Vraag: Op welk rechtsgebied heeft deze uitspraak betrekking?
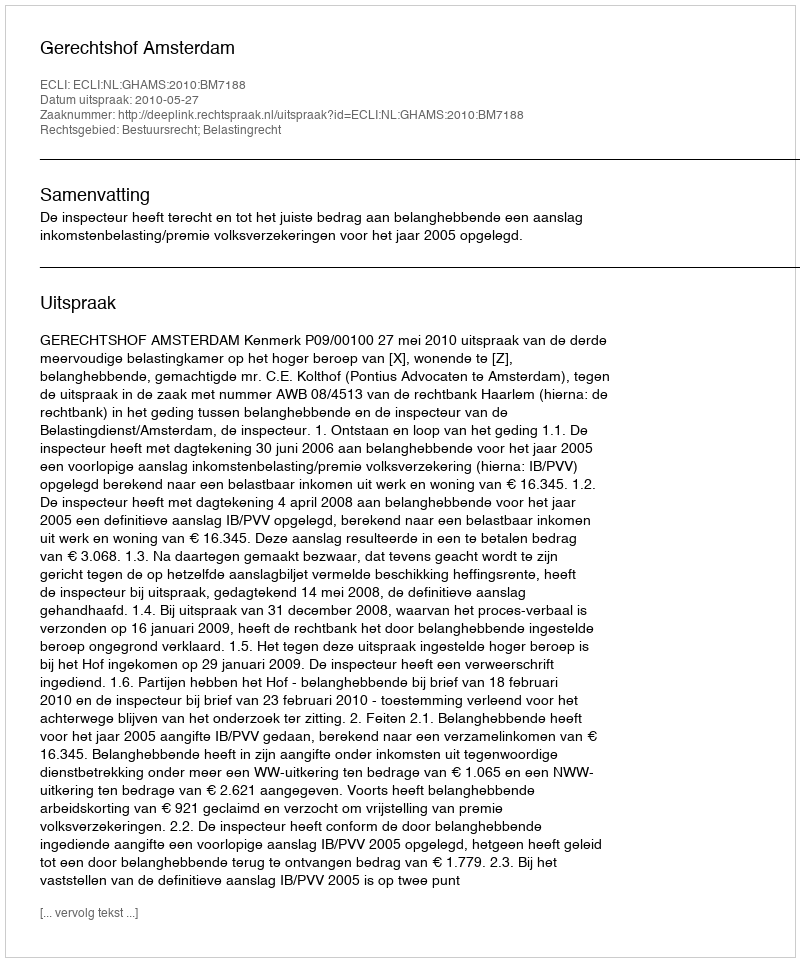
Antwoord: Bestuursrecht; Belastingrecht